Vaccination in Burma 1920-1933 - 1920-1933
Year: 1920
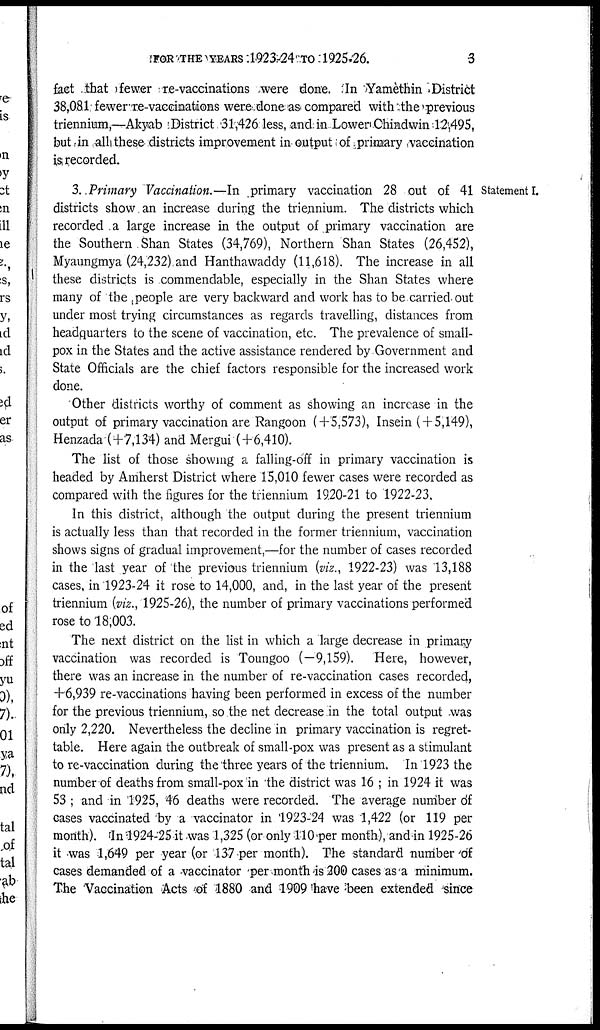
FOR THE YEARS 1923-24 TO 1925-26.
3
fact that fewer re-vaccinations were done. In Yamèthin District
38,081 fewere-vaccinations were done as compared with the previous
triennium,—Akyab District 31,426 less, and in Lower Chindwin 12,495,
but in all these districts improvement in output of primary ,vaccination
is recorded.
Statement I.
3. Primary Vaccination.—In primary vaccination 28 out of 41
districts show an increase during the triennium. The districts which
recorded a large increase in the output of primary vaccination are
the Southern Shan States (34,769), Northern Shan States (26,452),
Myaungmya (24,232). and Hanthawaddy (11,618). The increase in all
these districts is commendable, especially in the Shan States where
many of the people are very backward and work has to be carried out
under most trying circumstances as regards travelling, distances from
headquarters to the scene of vaccination, etc. The prevalence of small-
pox in the States and the active assistance rendered by Government and
State Officials are the chief factors responsible for the increased work
done.
Other districts worthy of comment as showing an increase in the
output of primary vaccination are Rangoon (+5,573), Insein ( + 5,149),
Henzada (+7,134) and Mergui (+6,410).
The list of those showing a falling off in primary vaccination is
headed by Amherst District where 15,010 fewer cases were recorded as
compared with the figures for the triennium 1920-21 to 1922-23.
In this district, although the output during the present triennium
is actually less than that recorded in the former triennium, vaccination
shows signs of gradual improvement,—for the number of cases recorded
in the last year of the previous triennium (viz., 1922-23) was 13,188
cases, in 1923-24 it rose to 14,000, and, in the last year of the present
triennium (viz., 1925-26), the number of primary vaccinations performed
rose to 18;003.
The next district on the list in which a large decrease in primary
vaccination was recorded is Toungoo (—9,159). Here, however,
there was an increase in the number of re-vaccination cases recorded,
+6,939 re-vaccinations having been performed in excess of the number
for the previous triennium, so the net decrease in the total output was
only 2,220. Nevertheless the decline in primary vaccination is regret-
table. Here again the outbreak of small-pox was present as a stimulant
to re-vaccination during the three years of the triennium. In 1923 the
number of deaths from small-pox in the district was 16 ; in 1924 it was
53 ; and in 1925, 46 deaths were recorded. The average number of
cases vaccinated by a vaccinator in 1923-24 was 1,422 (or 119 per
month). In 1924-25 it was 1,325 (or only 110 per month), and in 1925-26
it was 1,649 per year (or 137 per month). The standard number of
cases demanded of a vaccinator per month is 200 cases as a minimum.
The Vaccination Acts of 1880 and 1909 have been extended since